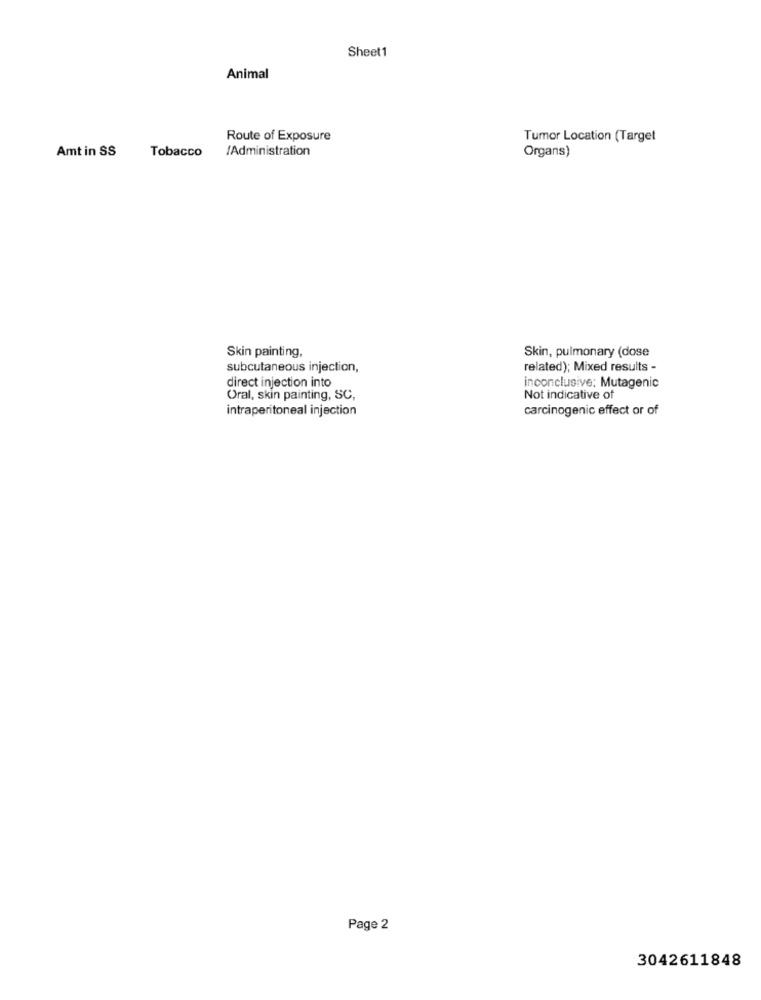
Sheet1
Animal
Route of Exposure
Tumor Location (Target
Amt in SS
Tobacco
/Administration
Organs)
Skin painting,
Skin, pulmonary (dose
subcutaneous injection,
related); Mixed results -
direct injection into
inconclusive: Mutagenic
Oral, skin painting, SC,
Not indicative of
intraperitoneal injection
carcinogenic effect or of
Page 2
3042611848